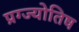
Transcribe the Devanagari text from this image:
प्रग्ज्योतिष